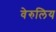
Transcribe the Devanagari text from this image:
वेरुलिय